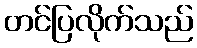
တင်ပြလိုက်သည်